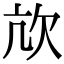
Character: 㰠